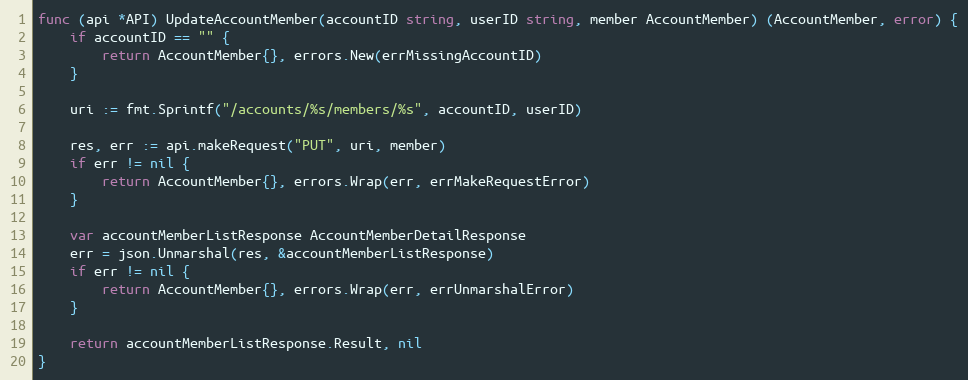
Language: Go
func (api *API) UpdateAccountMember(accountID string, userID string, member AccountMember) (AccountMember, error) {
	if accountID == "" {
		return AccountMember{}, errors.New(errMissingAccountID)
	}

	uri := fmt.Sprintf("/accounts/%s/members/%s", accountID, userID)

	res, err := api.makeRequest("PUT", uri, member)
	if err != nil {
		return AccountMember{}, errors.Wrap(err, errMakeRequestError)
	}

	var accountMemberListResponse AccountMemberDetailResponse
	err = json.Unmarshal(res, &accountMemberListResponse)
	if err != nil {
		return AccountMember{}, errors.Wrap(err, errUnmarshalError)
	}

	return accountMemberListResponse.Result, nil
}